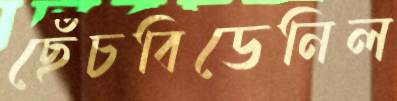
ছেঁচবিডেনিল